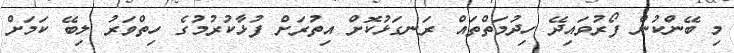
މި ބޭންކުން ފޯރުވައިދޭ ހިދުމަތްތައް ރަނގަޅުކޮށް އިތުރަށް ފުޅާކުރުމުގެ ހިތްވަރު ލިބޭ ކަމަށް